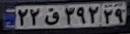
۲۲ق۳۹۲۲۹